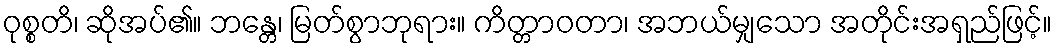
ဝုစ္စတိ၊ ဆိုအပ်၏။ ဘန္တေ၊ မြတ်စွာဘုရား။ ကိတ္တာဝတာ၊ အဘယ်မျှသော အတိုင်းအရှည်ဖြင့်။